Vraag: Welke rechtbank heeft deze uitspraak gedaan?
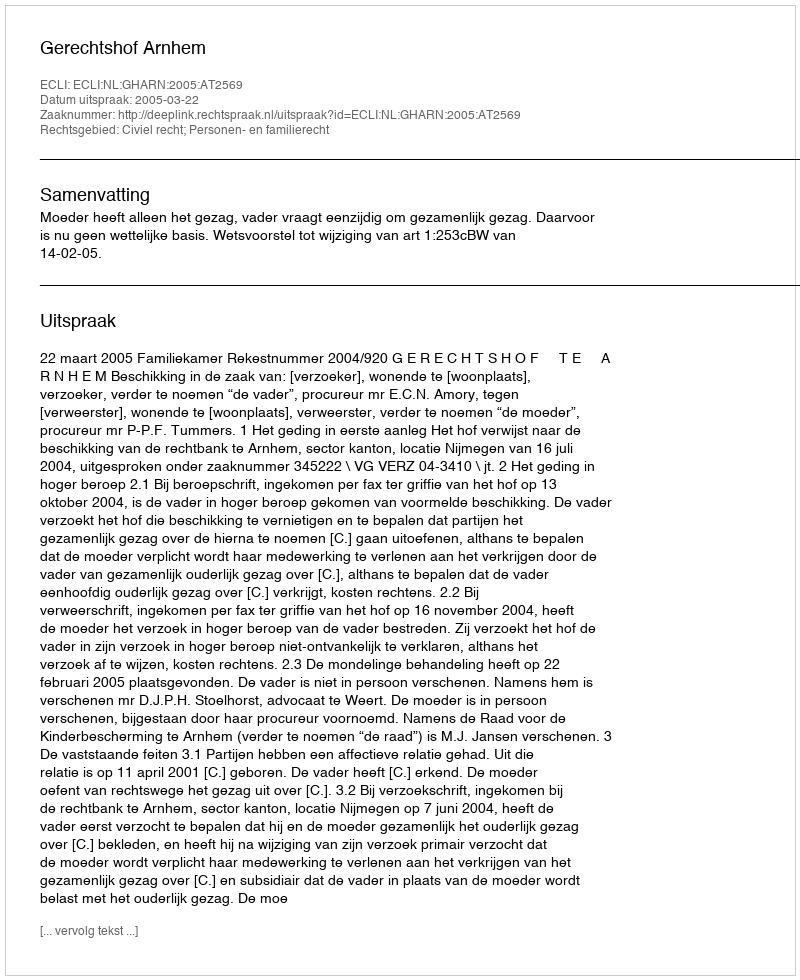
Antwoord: Gerechtshof Arnhem